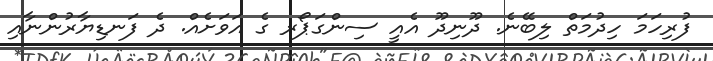
ފުރިހަމަ ހިދުމަތް ލިބޭނެ. ދޫނިދޫ އެއީ ސިންގަޕޯރ ގެ އަވަށެއް. ދެ ފަނޑިޔާރުންނާއި